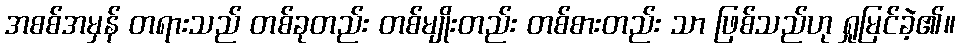
အစစ်အမှန် တရားသည် တစ်ခုတည်း တစ်မျိုးတည်း တစ်စားတည်း သာ ဖြစ်သည်ဟု ရှုမြင်ခဲ့၏။